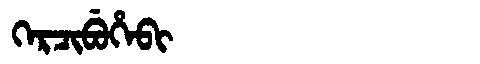
Manchu: ᡴᡝᡵᠴᡳᠪᡠᡥᡝᠪᡳ
Romanization: KERCIBUHEBI